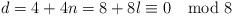
LaTeX: \begin{align*}d=4+4n=8+8l\equiv 0 \mod 8\end{align*}